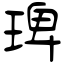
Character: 琕